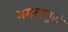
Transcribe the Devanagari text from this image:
भगलपुरो